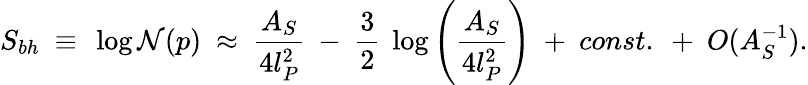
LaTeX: S_{bh}~\equiv~\log{\cal N}(p)~\approx~{\frac{A_{S}}{4l_{P}^{2}}}~-~{\frac{3}{2}}~\log\left({\frac{A_{S}}{4l_{P}^{2}}}\right)~+~const.~+~O(A_{S}^{-1}).